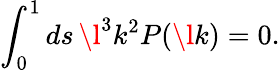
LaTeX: \int_{0}^{1}ds\, \l^{3}k^{2}P(\l k)=0.